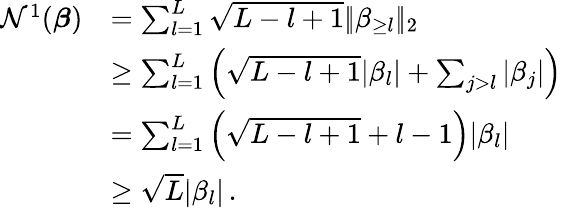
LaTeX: \begin{array}{rl}{{\mathcal N}^{1}(\boldsymbol{\beta})}&{=\sum_{l=1}^{L}\sqrt{L-l+1}|\! |\beta_{\geq l}|\! |_{2}}\\ &{\geq\sum_{l=1}^{L}\left(\sqrt{L-l+1}|\beta_{l}|+\sum_{j>l}|\beta_{j}|\right)}\\ &{=\sum_{l=1}^{L}\left(\sqrt{L-l+1}+l-1\right)|\beta_{l}|}\\ &{\geq\sqrt L|\beta_{l}|\, .}\end{array}